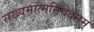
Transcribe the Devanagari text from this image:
सख्यमात्मनिवेदनम्